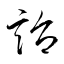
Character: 詒